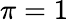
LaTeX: \pi=1